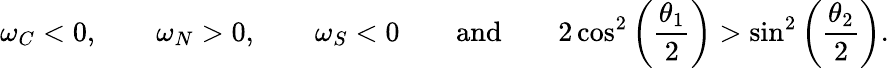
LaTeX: \omega_{C}<0,\qquad\omega_{N}>0,\qquad\omega_{S}<0\qquad\textnormal{and}\qquad 2\cos^{2}\left(\frac{\theta_{1}}{2}\right)>\sin^{2}\left(\frac{\theta_{2}}{2}\right).